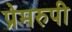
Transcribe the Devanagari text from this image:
प्रेमरुपी